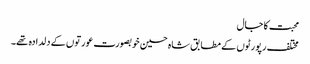
محبت کا جال
مختلف رپورٹوں کے مطابق شاہ حسین خوبصورت عورتوں کے دلدادہ تھے۔